Medical and sanitary report of the native army of Bengal for the year
Year: 1877
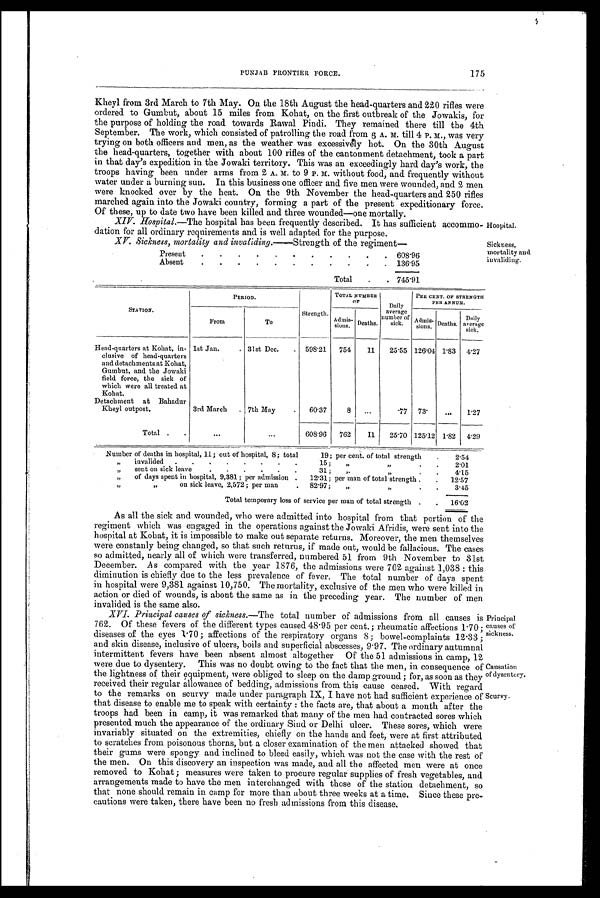
Causation
of dysentery.
Scurvy.
PUNJAB FRONTIER FORCE.
175
Kheyl from 3rd March to 7th May. On the 18th August the head-quarters and 220 rifles were
ordered to Gumbut, about 15 miles from Kohat, on the first outbreak of the Jowakis, for
the purpose of holding the road towards Rawal Pindi. They remained there till the 4th
September. The work, which consisted of patrolling the road from 6 A. till 4 P. M., was very
trying on both officers and men, as the weather was excessively hot. On the 30th August
the head-quarters, together with about 100 rifles of the cantonment detachment, took a part
in that day's expedition in the Jowaki territory. This was an exceedingly hard day's work, the
troops having been under arms from 2 A. M. to 9 P. M. without food, and frequently without
water under a burning sun. In this business one officer and five men were wounded, and 2 men
were knocked over by the heat. On the 9th November the head-quarters and 250 rifles
marched again into the Jowaki country, forming a part of the present expeditionary force.
Of these, up to date two have been killed and three wounded—one mortally.
XIV. Hospital.—The hospital has been frequently described. It has sufficient accommo
dation for all ordinary requirements and is well adapted for the purpose.
XV. Sickness. mortality and invaliding.— Strength of the regiment—
Present
.
.
.
.
.
•
•
•
•
•
•
608.96
Absent
.
.
.
.
.
.
.
.
.
.
.
136.95
Total
.
. 745.91
Hospital.
Sickness,
mortality and
invaliding.
S T A T I O N .
PERIOD.
Strength.
TOTAL
N U M B E R
OF
Daily
average
number of
sick.
PER CENT. OF STRENGTH
PER ANNUM
From
To
Admis-
sions. Deaths.
A d m i s -
sions.
Deaths.
Daily
average s i c k .
Head-quarters at Kohat, in-
clusive of head-quarters
and detachments at Kohat,
Gumbut, and. the Jowaki
field force, the sick of
which were all treated at
Kohat.
1st Jan.
. 31st Dec.
.
598.21
754
11
25.55 126.04 1.83
4.27
Detachment at Bahadur
Kheyl outpost.
3rd March
. 7th May
.
60.37
8
...
.77 73.
...
1.27
Total .
.
...
...
6 0 8
. 9 6
762
I 1
25.70 125.12 1.82
4.29
Number of deaths in hospital, 11; out of hospital, 8; total
19; per cent. of total strength
.
2.54
„
invalided
.
.
.
.
.
.
.
15;
„
„
.
.
2.01
„
sent on sick leave
.
.
,
.
.
.
31 ;
„
„
.
.
4.15
„
of days spent in hospital, 9,381 ; per admission .
12 .31; per man of total strength .
.
12.57
„ „
on sick leave, 2,572; per man
.
82.97;
,,
„
.
.
3.45
Total temporary loss of service per man of total strength .
.
16.02
As all the sick and wounded, who were admitted into hospital from that portion of the
regiment which was engaged in the operations against the Jowaki Afridis, were sent into the
hospital at Kohat, it is impossible to make out separate returns. Moreover, the men themselves
were constanly being changed, so that such returns, if made out, would be fallacious. The cases
so admitted, nearly all of which were transferred, numbered 51 from 9th November to 31st
December. As compared with the year 1876, the admissions were 762 against 1,038 : this
diminution is chiefly due to the less prevalence of fever. The total number of days spent
in hospital were 9,381 against 10,750. The mortality, exclusive of the men who were killed in
action or died of wounds, is about the same as in the preceding year. The number of men
invalided is the same also.
XVI. Principal causes of sickness.—The total number of admissions from all causes is
762. Of these fevers of the different types caused 48.95 per cent.; rheumatic affections 1.70;
diseases of the eyes 1.70; affections of the respiratory organs 8; bowel-complaints 12.33 ;
and skin disease, inclusive of ulcers, boils and superficial abscesses, 9.97. The ordinary autumnal
intermittent fevers have been absent almost altogether Of the 51 admissions in camp, 12
were due to dysentery. This was no doubt owing to the fact that the men, in consequence of
the lightness of their equipment, were obliged to sleep on the damp ground ; for, as soon as they
received their regular allowance of bedding, admissions from this cause ceased. With regard
to the remarks on scurvy made under paragraph IX, I have not had sufficient experience of
that disease to enable me to speak with certainty : the facts are, that about a month after the
troops had been in camp, it was remarked that many of the men had contracted sores which
presented much the appearance of the ordinary Sind or Delhi ulcer. These sores, which were
invariably situated on the extremities, chiefly on the hands and feet, were at first attributed
to scratches from poisonous thorns, but a closer examination of the men attacked showed that
their gums were spongy and inclined to bleed easily, which was not the case with the rest of
the men. On this discovery an inspection was made, and all the affected men were at once
removed to Kohat ; measures were taken to procure regular supplies of fresh vegetables, and
arrangements made to have the men interchanged with those of the station detachment, so
that none should remain in camp for more than about three weeks at a time. Since these pre-
cautions were taken, there have been no fresh admissions from this disease.
Principal
causes of
sickness.